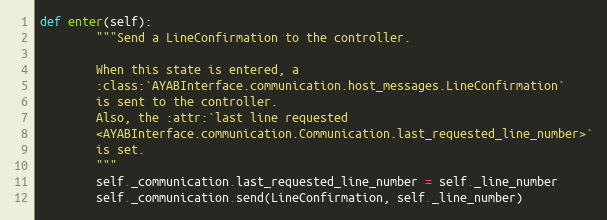
Language: Python
def enter(self):
        """Send a LineConfirmation to the controller.

        When this state is entered, a
        :class:`AYABInterface.communication.host_messages.LineConfirmation`
        is sent to the controller.
        Also, the :attr:`last line requested
        <AYABInterface.communication.Communication.last_requested_line_number>`
        is set.
        """
        self._communication.last_requested_line_number = self._line_number
        self._communication.send(LineConfirmation, self._line_number)